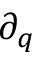
\partial _ { q }